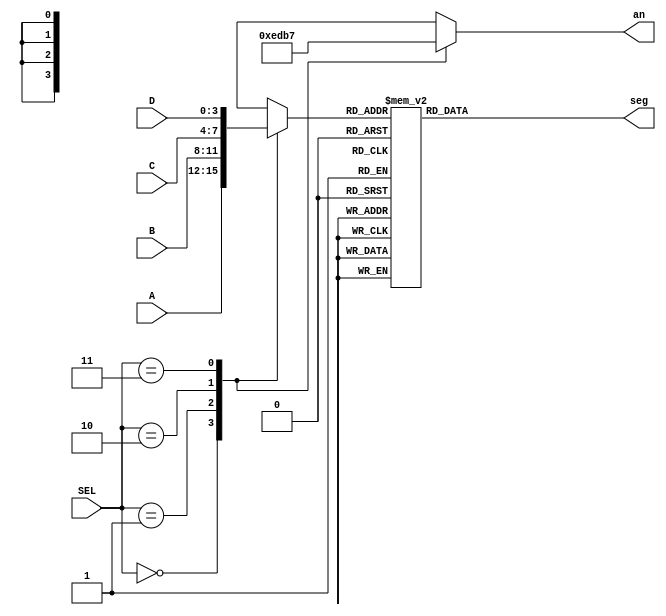
`timescale 1ns / 1ps
//////////////////////////////////////////////////////////////////////////////////
// Company: 
// 
// Design Name: 
// Module Name: seven_seg
// Project Name: 
// Target Devices: 
// Tool Versions: 
// Description: Drives a 4-digit 7-segment display on an FPGA, 
//              requires four 4-bit inputs, one 2-bit input, 
//              and outputs for the display.
// 
// Dependencies: 
// 
// Revision:
// Revision 0.01 - File Created
// Additional Comments:
// 
//////////////////////////////////////////////////////////////////////////////////


module seven_seg(
    input       [3:0] A,    // input A, switches 0-3
    input       [3:0] B,    // input B, switches 4-7
    input       [3:0] C,    // input C, switches 8-11
    input       [3:0] D,    // input D, switches 12-15
    input       [1:0] SEL,  // selector, left & right push buttons
    output  reg [6:0] seg,  // 7-segment cathodes
    output  reg [3:0] an    // 7-segment anodes
    );
    
    reg     [3:0] in; // select between 4 inputs
    
    // 7 segment display constants (0-F)
    parameter zero  =   7'b1000000; // 7-segment '0'
    parameter one   =   7'b1111001; // 7-segment '1'
    parameter two   =   7'b0100100; // '2'
    parameter three =   7'b0110000; // '3'
    parameter four  =   7'b0011001; // '4'
    parameter five  =   7'b0010010; // '5'
    parameter six   =   7'b0000010; // '6'
    parameter seven =   7'b1111000; // '7'
    parameter eight =   7'b0000000; // '8'
    parameter nine  =   7'b0010000; // '9'
    parameter aaaa  =   7'b0001000; // 'A'
    parameter bbbb  =   7'b0000011; // 'b'
    parameter cccc  =   7'b1000110; // 'C'
    parameter dddd  =   7'b0100001; // 'd'
    parameter eeee  =   7'b0000110; // 'E'
    parameter ffff  =   7'b0001110; // 'F'
    
    
    always @ (SEL) begin
        // For each SEL case, turn on corresponding anode, 
        //    and connect corresponding input
        case (SEL)          
            2'b00: begin    
                an = 4'b1110;   // turn on first (right most) 7-seg
                in = A; end     // set input to 'A' switches
            2'b01: begin    
                an = 4'b1101;   // turn on second 7-seg
                in = B; end     // set input to 'B' switches
            2'b10: begin    
                an = 4'b1011;   // turn on third 7-seg
                in = C; end     // set input to 'C' switches
            2'b11: begin    
                an = 4'b0111;   // turn on last (left most) 7-seg 
                in = D; end     // set input to 'D' switches
            default: an = 4'b1111;
        endcase
        
        // display 7-segment digit corresponding to 4-bit value 'in'
        case (in)   
            4'b0000: seg = zero;
            4'b0001: seg = one;
            4'b0010: seg = two;
            4'b0011: seg = three;
            4'b0100: seg = four;
            4'b0101: seg = five;
            4'b0110: seg = six;
            4'b0111: seg = seven;
            4'b1000: seg = eight;
            4'b1001: seg = nine;
            4'b1010: seg = aaaa;
            4'b1011: seg = bbbb;
            4'b1100: seg = cccc;
            4'b1101: seg = dddd;
            4'b1110: seg = eeee;
            4'b1111: seg = ffff;
        endcase
        
    end
    
endmodule